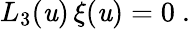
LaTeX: L_{3}(\mathit{u})\, \xi(\mathit{u})=0\ .